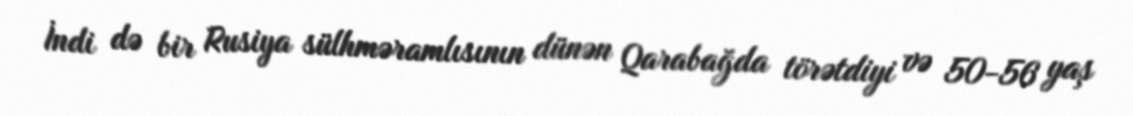
İndi də bir Rusiya sülhməramlısının dünən Qarabağda törətdiyi və 50-56 yaş